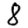
Digit: 8